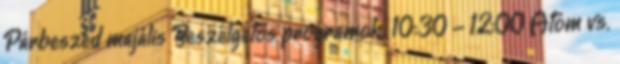
Párbeszéd majális Beszélgetős programok: 10:30 - 12:00 Atom vs.